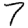
Digit: 7